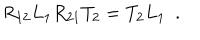
LaTeX: R _ { 1 2 } L _ { 1 } R _ { 2 1 } T _ { 2 } = T _ { 2 } L _ { 1 } ~ ~ .